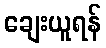
ချေးယူရန်